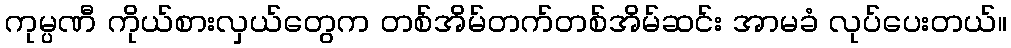
ကုမ္ပဏီ ကိုယ်စားလှယ်တွေက တစ်အိမ်တက်တစ်အိမ်ဆင်း အာမခံ လုပ်ပေးတယ်။